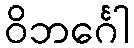
ဝိဘင်္ဂေါ